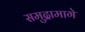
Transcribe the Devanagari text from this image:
समुद्रामागे